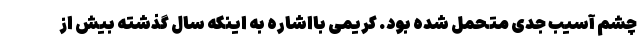
چشم آسیب جدی متحمل شده بود. کریمی بااشاره به اینکه سال گذشته بیش از